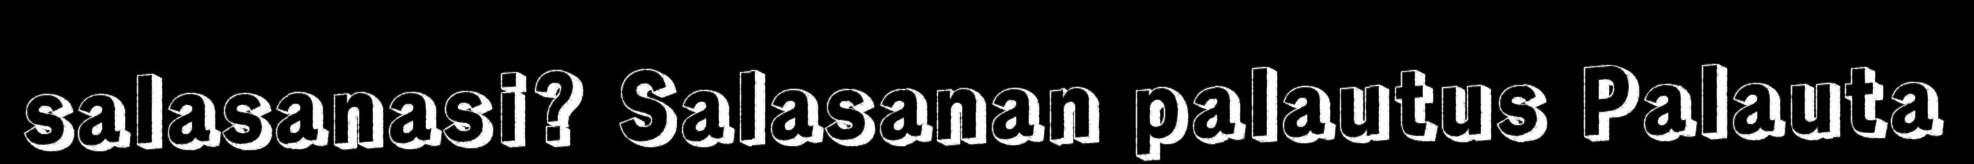
salasanasi? Salasanan palautus Palauta